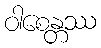
ဝါစေန္တဿ